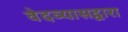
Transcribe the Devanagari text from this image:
वेदव्यासद्वारा